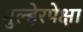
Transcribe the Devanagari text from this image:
मुल्हेरपेक्षा